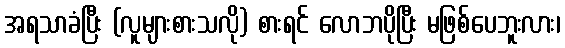
အရသာခံပြီး (လူများစားသလို) စားရင် လောဘပိုပြီး မဖြစ်ပေဘူးလား၊